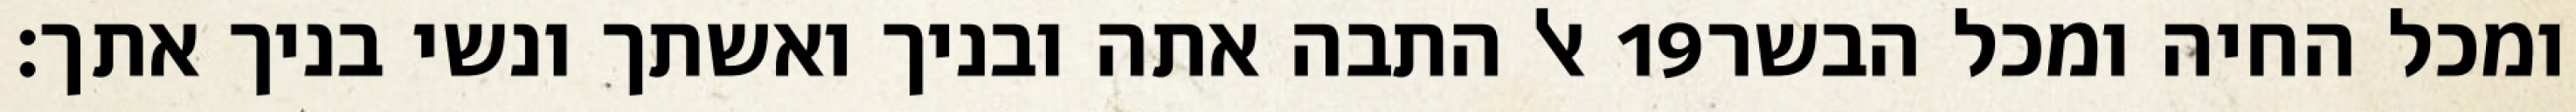
אל התבה אתה ובניך ואשתך ונשי בניך אתך׃ ‎19‏ ומכל החיה ומכל הבשר